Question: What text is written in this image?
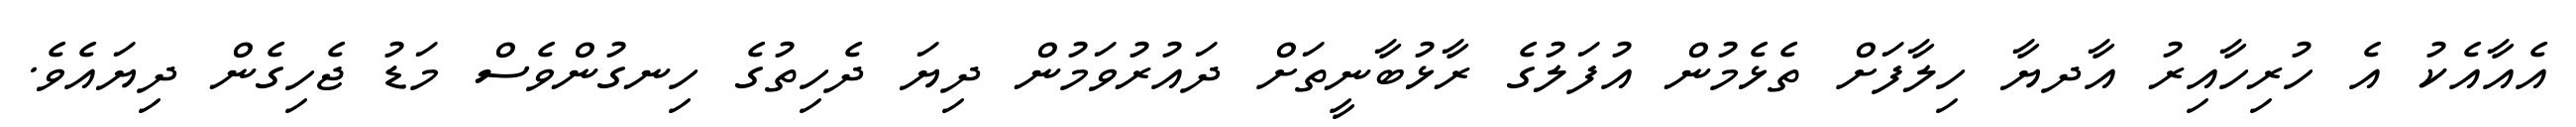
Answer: އެއާއެކު އެ ހުރިހާއިރު އާދޔާ ހިލާފަށް ތެޅެމުން އުފަލުގެ ރާޅުބާނީތަށް ދައުރުވަމުން ދިޔަ ދެހިތުގެ ހިނގުންވެސް މަޑު ޖެހިގެން ދިޔައެވެ.